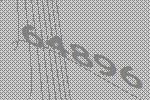
64896